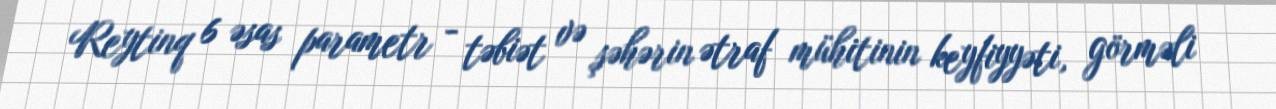
Reytinq 6 əsas parametr - təbiət və şəhərin ətraf mühitinin keyfiyyəti, görməli